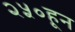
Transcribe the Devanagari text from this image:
२५०हून